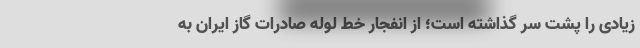
زیادی را پشت سر گذاشته است؛ از انفجار خط لوله صادرات گاز ایران به